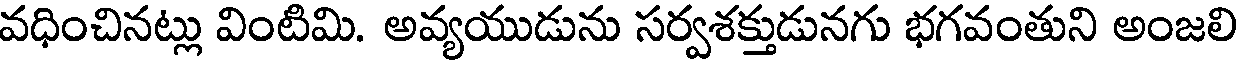
వధించినట్లు వింటిమి. అవ్యయుడును సర్వశక్తుడునగు భగవంతుని అంజలి